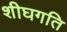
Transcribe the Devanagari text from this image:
शीघगति